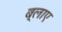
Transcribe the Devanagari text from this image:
ब्लाए